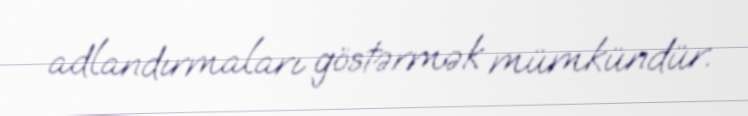
adlandırmaları göstərmək mümkündür.